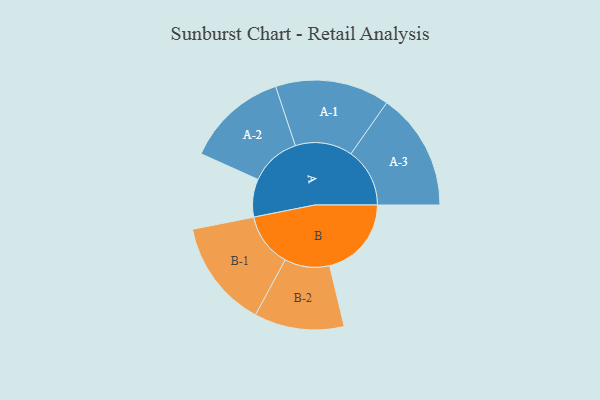
{"axis": {"x": "Segment", "y": "Value"}, "legend": ["", "A", "B"], "data": [{"x": "A", "y": 183, "type": ""}, {"x": "B", "y": 395, "type": ""}, {"x": "A-1", "y": 276, "type": "A"}, {"x": "A-2", "y": 245, "type": "A"}, {"x": "A-3", "y": 284, "type": "A"}, {"x": "B-1", "y": 260, "type": "B"}, {"x": "B-2", "y": 217, "type": "B"}]}